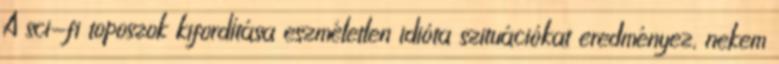
A sci-fi toposzok kifordítása eszméletlen idióta szituációkat eredményez, nekem